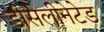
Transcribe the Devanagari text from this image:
डीसेलीनेटेड